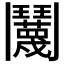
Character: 𬴱